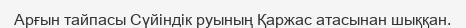
Арғын тайпасы Сүйіндік руының Қаржас атасынан шыққан.